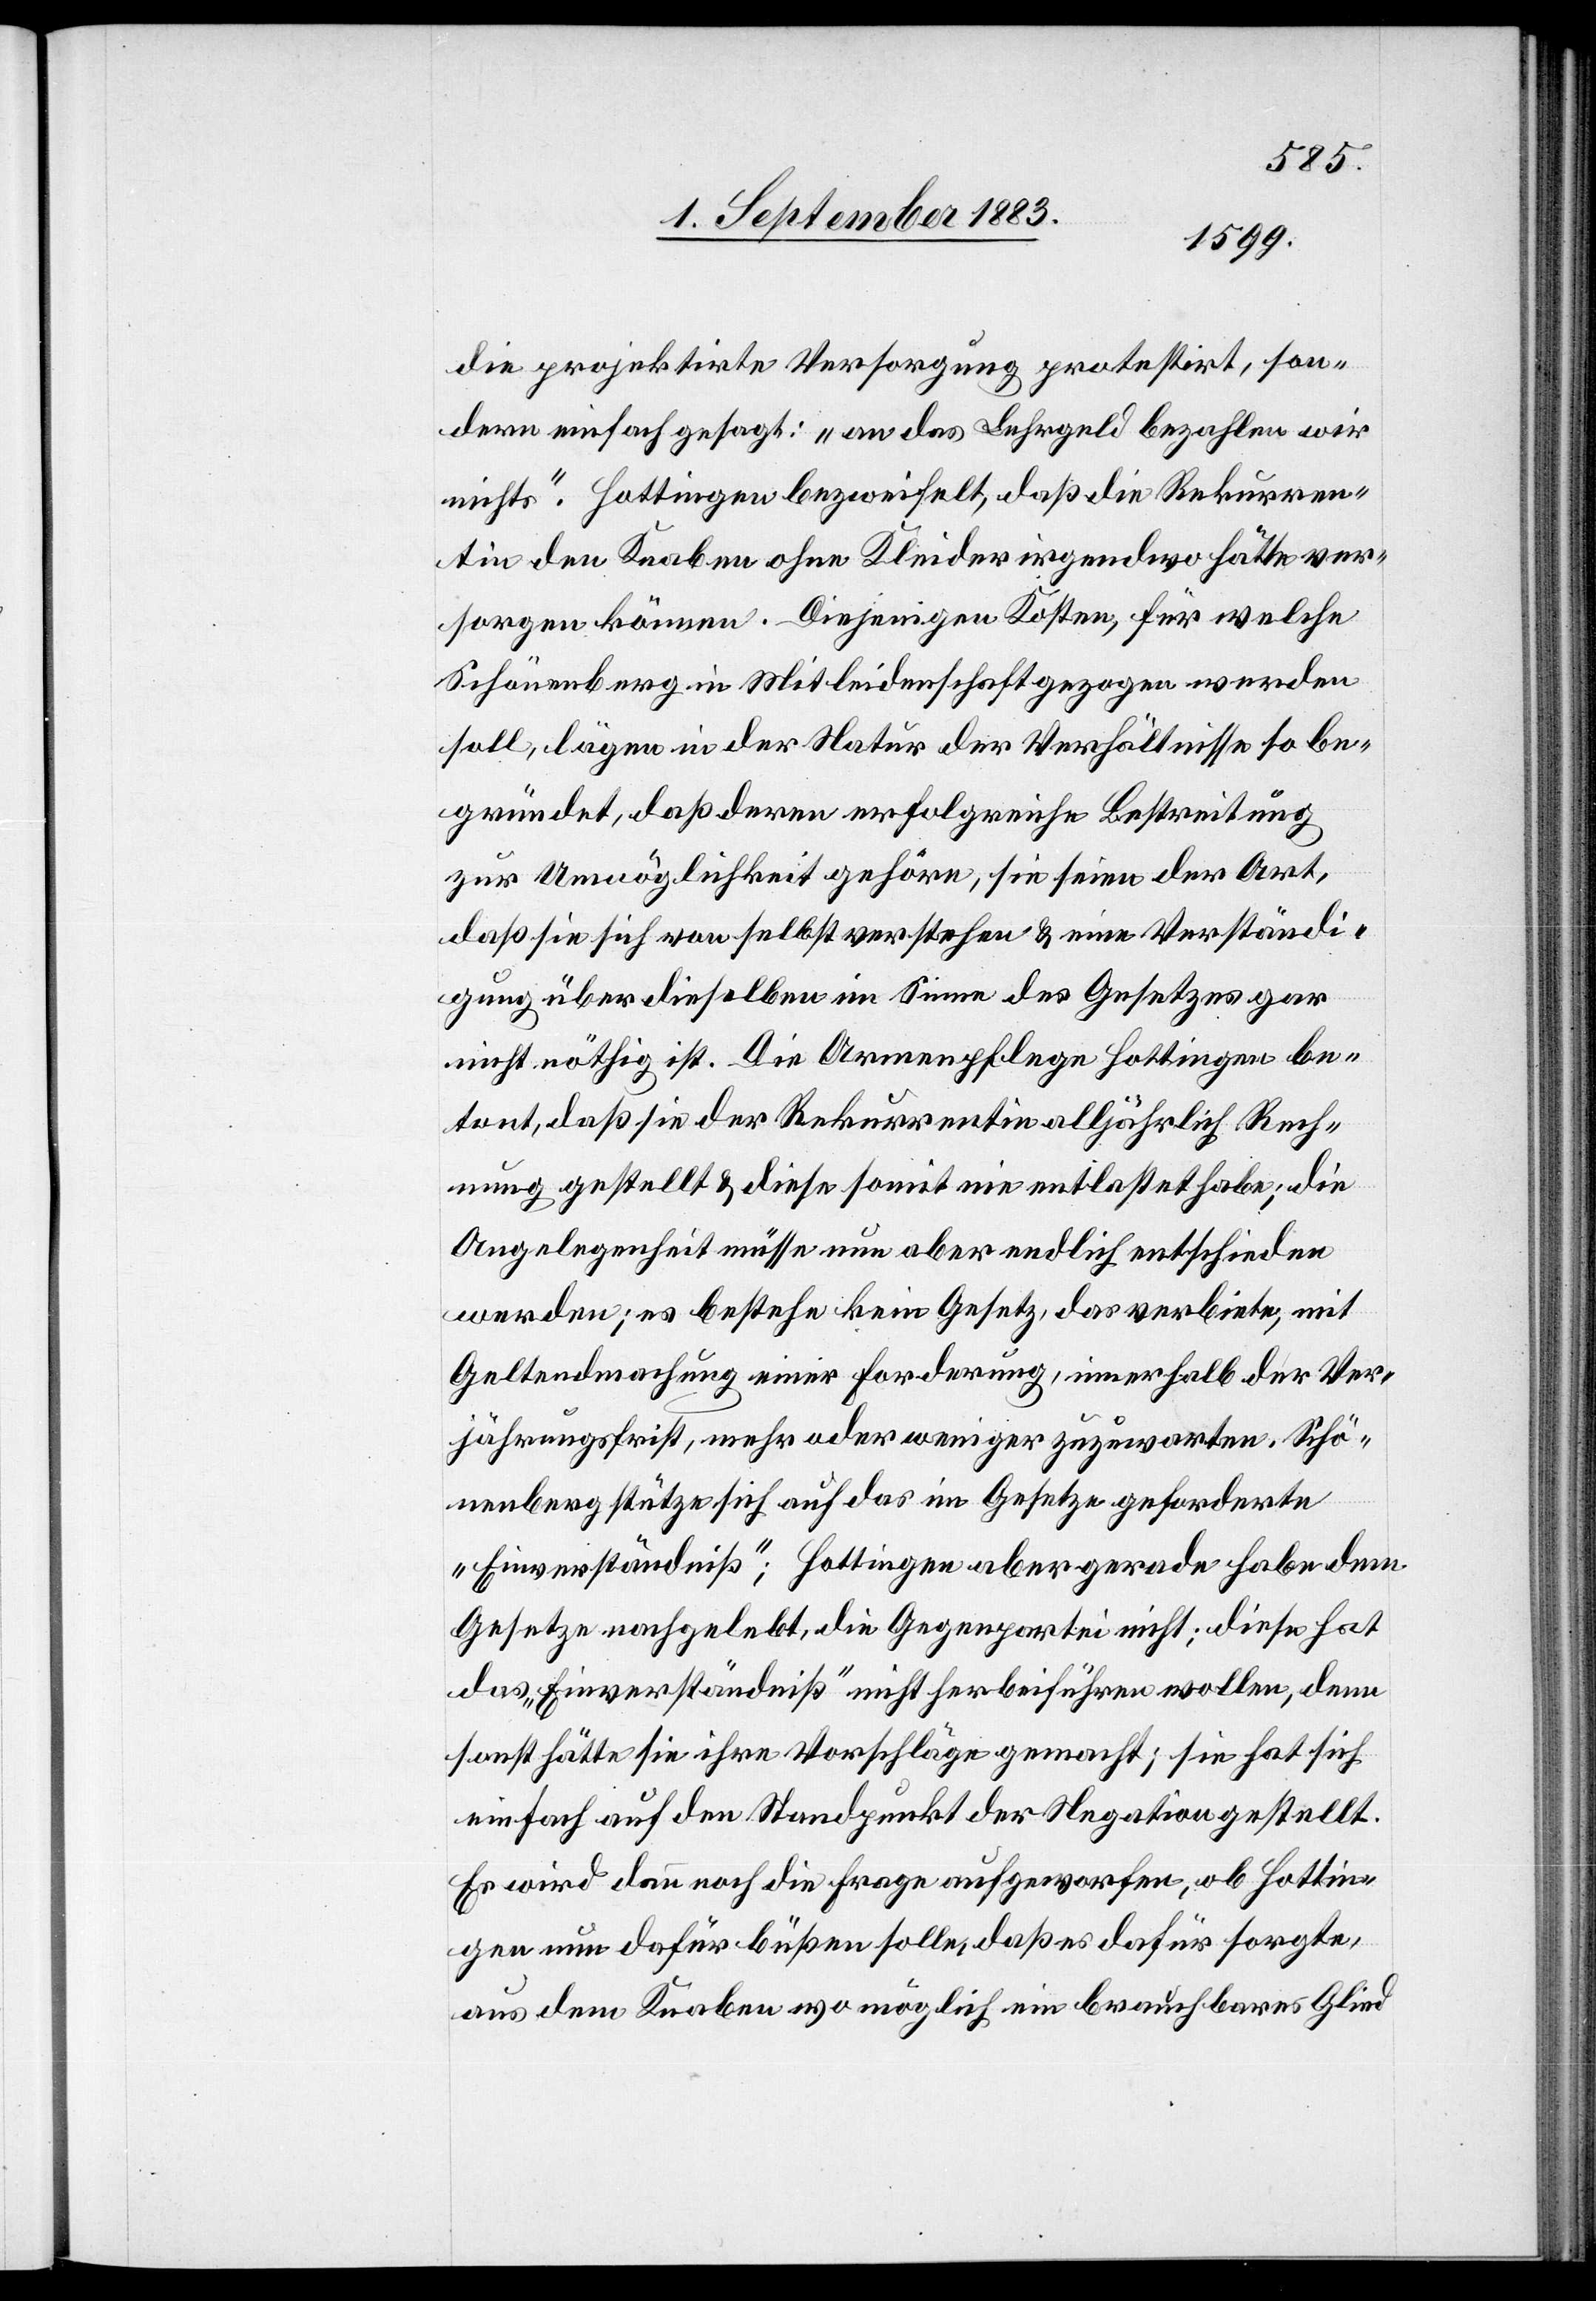
die projektirte Versorgung protestrit, son¬
dern einfach gesagt: „an das Lehrgeld bezahlen wir
nichts“. Hottingen bezweifelt, daß die Rekurren¬
tin den Knaben ohne Kleider irgendwo hätte ver¬
sorgen können. Diejenigen Kosten, für welche
Schönenberg in Mitleidenschaft gezogen werden
soll, lägen in der Natur der Verhältnisse so be¬
gründet, daß deren erfolgreiche Bestreitung
zur Unmöglichkeit gehöre, sie seien der Art,
daß sie sich von selbst verstehen & eine Verständi¬
gung über dieselben im Sinne des Gesetzes gar
nicht nöthig ist. Die Armenpflege Hottingen be¬
tont, daß sie der Rekurrentin alljährlich Rech¬
nung gestellt & diese somit nie entlastet habe; die
Angelegenheit müsse nun aber endlich entschieden
werden; es bestehe kein Gesetz, das verbiete, mit
Geltendmachung einer Forderung, innerhalb der Ver¬
jährungsfrist, mehr oder weniger zuzuwarten. Schö¬
nenberg stütze sich auf das im Gesetzes geforderte
„Einverständniß“; Hottingen aber gerade habe dem
Gesetze nachgelebt, die Gegenpartei nicht; diese hat
das „Einverständniß“ nicht herbeiführen wollen, denn
sonst hätte sie ihre Vorschläge gemacht; sie hat sich
einfach auf den Standpunkt der Negation gestellt.
Es wir dann noch die Frage aufgeworfen, ob Hottin¬
gen dafür büßen solle, daß es dafür sorgte,
aus dem Knaben wo möglich ein brauchbares Glied